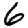
Digit: 6